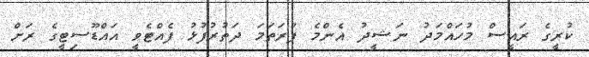
ކުރީގެ ރައީސް މުހައްމަދު ނަޝީދު އެންމެ ފުރަތަމަ ދަތުރުފުޅު ފެއްޓެވީ އައްޑޫސިޓީގެ ރަށް